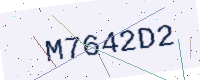
Text: M7642D2